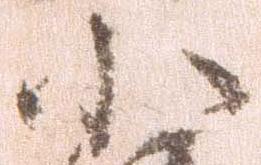
小